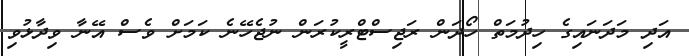
އަދި މަދަނައިގެ ހިދުމަތް ހޯދަން ރަޖިސްޓްރީކުރަން ނުޖެހޭނެ ކަމަށް ވެސް އޭނާ ވިދާޅުވި